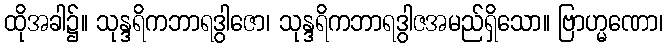
ထိုအခါ၌။ သုန္ဒရိကဘာရဒွါဇော၊ သုန္ဒရိကဘာရဒွါဇအမည်ရှိသော။ ဗြာဟ္မဏော၊